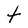
Character: t